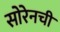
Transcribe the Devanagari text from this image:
सोरेनची